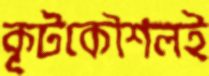
কূটকৌশলই